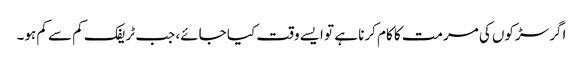
اگر سڑکوں کی مرمت کا کام کرنا ہے تو ایسے وقت کیا جائے، جب ٹریفک کم سے کم ہو۔